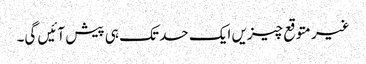
غیر متوقع چیزیں ایک حد تک ہی پیش آئیں گی۔